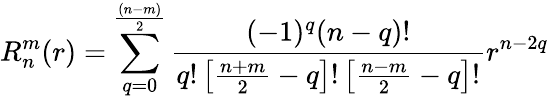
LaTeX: R_{n}^{m}(r)=\sum_{q=0}^{\frac{(n-m)}{2}}\frac{(-1)^{q}(n-q)!}{q!\left[\frac{n+m}{2}-q\right]!\left[\frac{n-m}{2}-q\right]!}r^{n-2q}